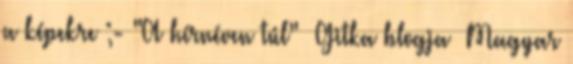
a képekre ;- "A hírnéven túl" Gitka blogja Magyar